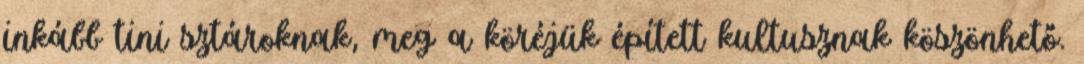
inkább tini sztároknak, meg a köréjük épített kultusznak köszönhető.